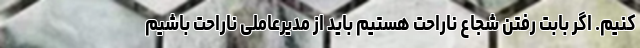
کنیم. اگر بابت رفتن شجاع ناراحت هستیم باید از مدیرعاملی ناراحت باشیم